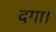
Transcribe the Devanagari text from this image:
दगा।